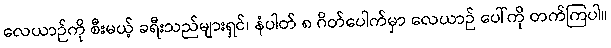
လေယာဉ်ကို စီးမယ့် ခရီးသည်များရှင်၊ နံပါတ် ၈ ဂိတ်ပေါက်မှာ လေယာဉ် ပေါ်ကို တက်ကြပါ။